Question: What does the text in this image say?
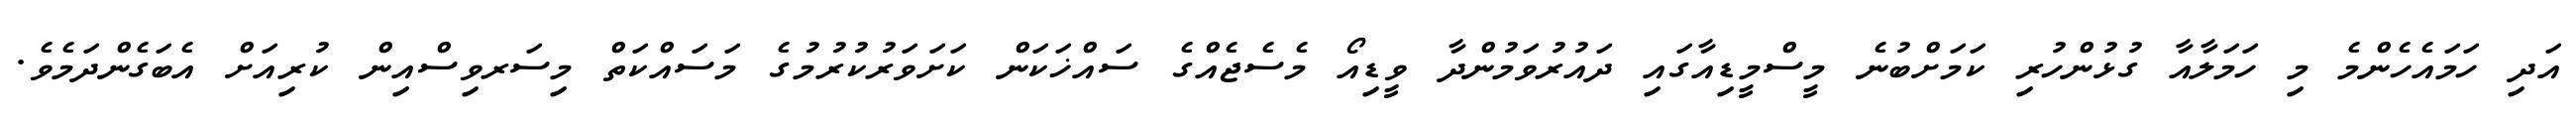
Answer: އަދި ހަމައެހެންމެ މި ހަމަލާއާ ގުޅުންހުރި ކަމަށްބުނެ މީސްމީޑިއާގައި ދައުރުވަމުންދާ ވީޑިއޯ މެސެޖެއްގެ ސައްޚަކަން ކަށަވަރުކުރުމުގެ މަސައްކަތް މިސަރވިސްއިން ކުރިއަށް އެބަގެންދަމެވެ.